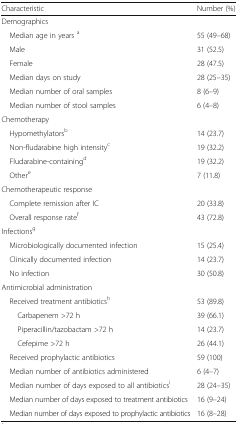
<table><thead><tr><td><b>Characteristic</b></td><td><b>Number (%)</b></td></tr></thead><tbody><tr><td colspan="2">Demographics</td></tr><tr><td> Median age in years <sup>a</sup></td><td>55 (49–68)</td></tr><tr><td> Male</td><td>31 (52.5)</td></tr><tr><td> Female</td><td>28 (47.5)</td></tr><tr><td> Median days on study</td><td>28 (25–35)</td></tr><tr><td> Median number of oral samples</td><td>8 (6–9)</td></tr><tr><td> Median number of stool samples</td><td>6 (4–8)</td></tr><tr><td colspan="2">Chemotherapy</td></tr><tr><td> Hypomethylators<sup>b</sup></td><td>14 (23.7)</td></tr><tr><td> Non-fludarabine high intensity<sup>c</sup></td><td>19 (32.2)</td></tr><tr><td> Fludarabine-containing<sup>d</sup></td><td>19 (32.2)</td></tr><tr><td> Other<sup>e</sup></td><td>7 (11.8)</td></tr><tr><td colspan="2">Chemotherapeutic response</td></tr><tr><td> Complete remission after IC</td><td>20 (33.8)</td></tr><tr><td> Overall response rate<sup>f</sup></td><td>43 (72.8)</td></tr><tr><td colspan="2">Infections<sup>g</sup></td></tr><tr><td> Microbiologically documented infection</td><td>15 (25.4)</td></tr><tr><td> Clinically documented infection</td><td>14 (23.7)</td></tr><tr><td> No infection</td><td>30 (50.8)</td></tr><tr><td colspan="2">Antimicrobial administration</td></tr><tr><td> Received treatment antibiotics<sup>h</sup></td><td>53 (89.8)</td></tr><tr><td>Carbapenem &gt;72 h</td><td>39 (66.1)</td></tr><tr><td>Piperacillin/tazobactam &gt;72 h</td><td>14 (23.7)</td></tr><tr><td>Cefepime &gt;72 h</td><td>26 (44.1)</td></tr><tr><td> Received prophylactic antibiotics</td><td>59 (100)</td></tr><tr><td> Median number of antibiotics administered</td><td>6 (4–7)</td></tr><tr><td> Median number of days exposed to all antibiotics<sup>i</sup></td><td>28 (24–35)</td></tr><tr><td> Median number of days exposed to treatment antibiotics</td><td>16 (9–24)</td></tr><tr><td> Median number of days exposed to prophylactic antibiotics</td><td>16 (8–28)</td></tr></tbody></table>